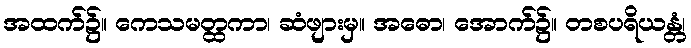
အထက်၌။ ကေသမတ္ထကာ၊ ဆံဖျားမှ။ အဓော၊ အောက်၌။ တစပရိယန္တံ၊